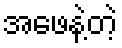
အဖေနဲ့တဲ့